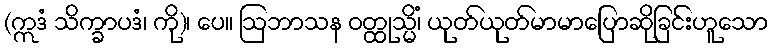
(ဣဒံ သိက္ခာပဒံ၊ ကို)၊ ပေ။ ဩဘာသန ဝတ္ထုသ္မိံ၊ ယုတ်ယုတ်မာမာပြောဆိုခြင်းဟူသော